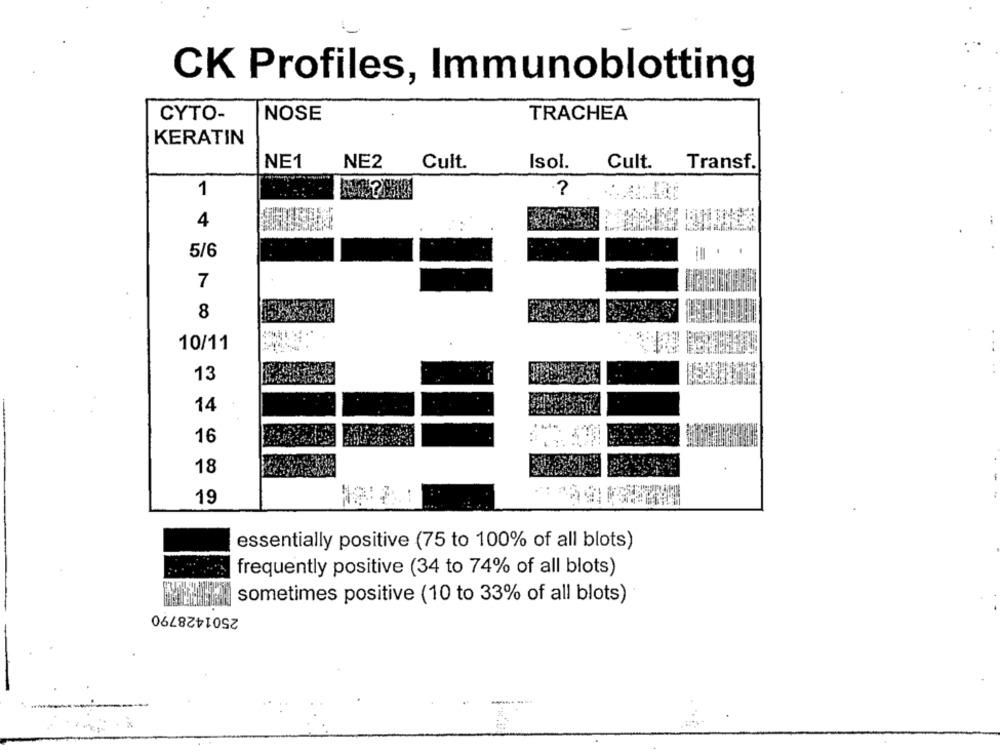
CK Profiles, Immunoblotting
CYTO-
NOSE
TRACHEA
KERATIN
NE1
NE2
Cult.
Isol.
Cult.
Transf.
1
?
4
5/6
7
8
10/11
13
14
16
18
19
essentially positive (75 to 100% of all blots)
frequently positive (34 to 74% of all blots)
sometimes positive (10 to 33% of all blots)
2501428790